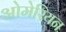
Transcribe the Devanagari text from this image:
ओमेरियन